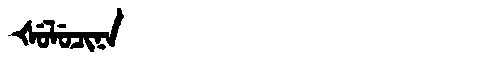
Manchu: ᡧᡠᠯᡠᠴᡳᠨᠠ
Romanization: ŠULUCINA